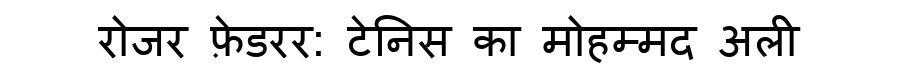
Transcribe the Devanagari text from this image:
रोजर फ़ेडरर: टेनिस का मोहम्मद अली